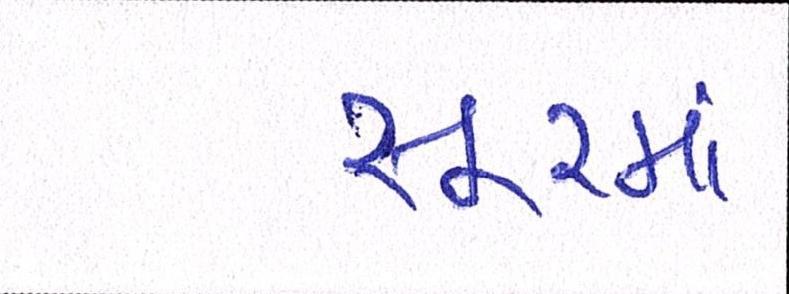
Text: સૂરમાં